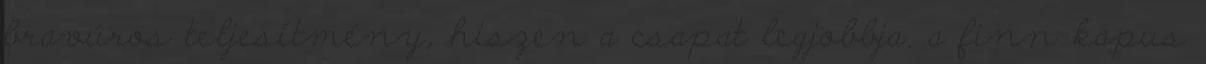
bravúros teljesítmény, hiszen a csapat legjobbja, a finn kapus